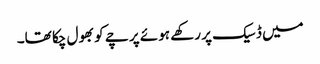
میں ڈسیک پر رکھے ہوئے پرچے کو بھول چکا تھا۔